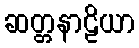
ဆတ္တနာဠိယာ